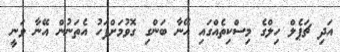
އަދި ޗަޕެލް ހިލްގެ މިސްކިތެއްގައި އޭނާ ބަންގި ގޮވުމަށްފަހު އެތަނުން އޭނާ ވަނީ